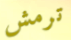
ترمش